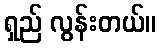
ရှည် လွန်းတယ်။